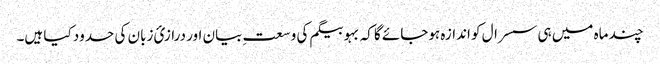
چند ماہ میں ہی سسرال کو اندازہ ہوجائے گا کہ بہو بیگم کی وسعتِ بیان اور درازیٔ زبان کی حدود کیا ہیں۔